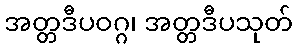
အတ္တဒီပဝဂ္ဂ၊ အတ္တဒီပသုတ်